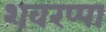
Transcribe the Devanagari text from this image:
शवरप्पा